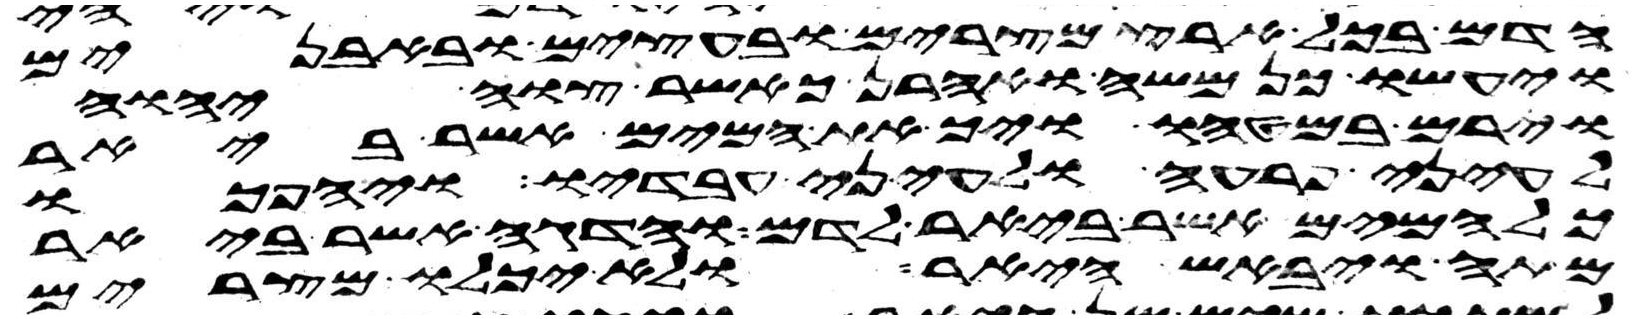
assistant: הדם בכל ארץ מצרים ובעצים ובאבנים
ויעשו כן משה ואהרן כאשר צוה יהוה
וירם במטהו ויך את המים אשר ביאר
לעיני פרעה ולעיני עבדיו ויהפכו
כל המים אשר ביאר לדם והדגה אשר ביאר
מתה ויבאש היאר ולא יכלו מצרים